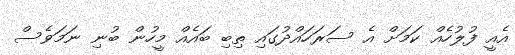
އެއީ ފުލުހެއް ކަމަށް އެ ސަރަހައްދުގައި ތިބި ބައެއް މީހުން ބުނި ނަމަވެސް